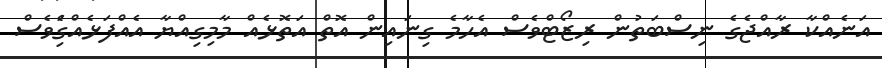
އަނެއްކާ ރާއްޖެގެ ނިސްބަތުން ރިޒޯޓްވެސް އެހާމެ ގިނައިން އޮތް އަތޮޅެއް މާމިިގިއްޔާ އެއްފަޅެއްގަެިވެސް